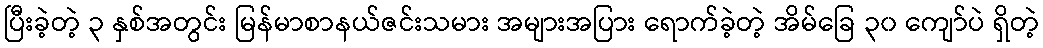
ပြီးခဲ့တဲ့ ၃ နှစ်အတွင်း မြန်မာစာနယ်ဇင်းသမား အများအပြား ရောက်ခဲ့တဲ့ အိမ်ခြေ ၃၀ ကျော်ပဲ ရှိတဲ့